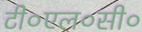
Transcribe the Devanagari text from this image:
टी०एल०सी०